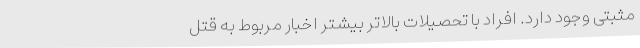
مثبتی وجود دارد. افراد با تحصیلات بالاتر بیشتر اخبار مربوط به قتل